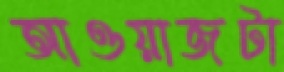
আওয়াজটা